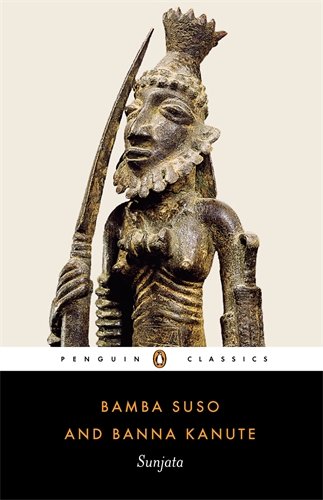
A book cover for Sunjata (Penguin Classics); Bamba Suso; Biographies & Memoirs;